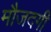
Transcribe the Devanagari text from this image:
मौजदगी